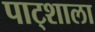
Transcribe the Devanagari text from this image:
पाट्शाला